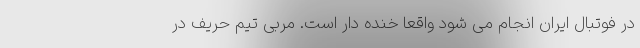
در فوتبال ایران انجام می شود واقعا خنده دار است. مربی تیم حریف در